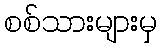
စစ်သားများမှ